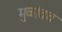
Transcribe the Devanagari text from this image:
मुळांतच